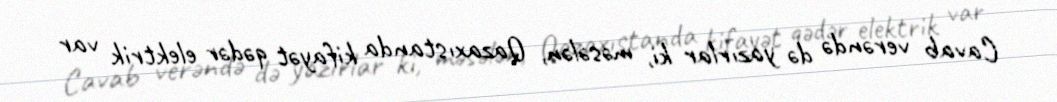
Cavab verəndə də yazırlar ki, məsələn, Qazaxıstanda kifayət qədər elektrik var